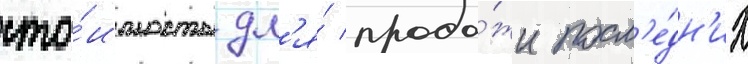
сто́имость дл'я́ прода́жи посл'е́дн'их